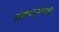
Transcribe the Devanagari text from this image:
साहचर्यवादी